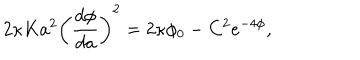
LaTeX: 2 \kappa K a ^ { 2 } \left( \frac { d \phi } { d a } \right) ^ { 2 } = 2 \kappa \phi _ { 0 } - C ^ { 2 } e ^ { - 4 \phi } ,